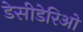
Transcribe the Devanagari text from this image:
डेसीडेरिओ